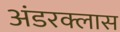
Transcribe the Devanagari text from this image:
अंडरक्लास